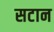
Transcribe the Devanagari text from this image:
सटान